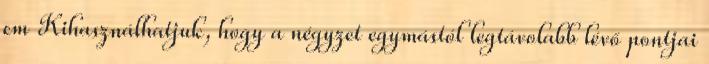
cm Kihasználhatjuk, hogy a négyzet egymástól legtávolabb lévő pontjai